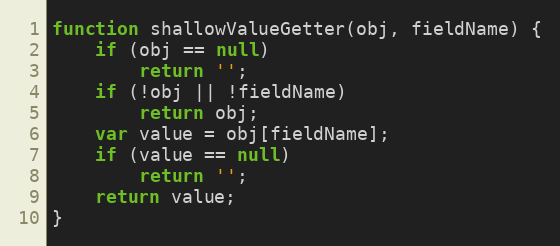
Language: JavaScript
function shallowValueGetter(obj, fieldName) {
    if (obj == null)
        return '';
    if (!obj || !fieldName)
        return obj;
    var value = obj[fieldName];
    if (value == null)
        return '';
    return value;
}